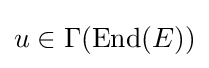
u\in \Gamma (\operatorname {End} (E))